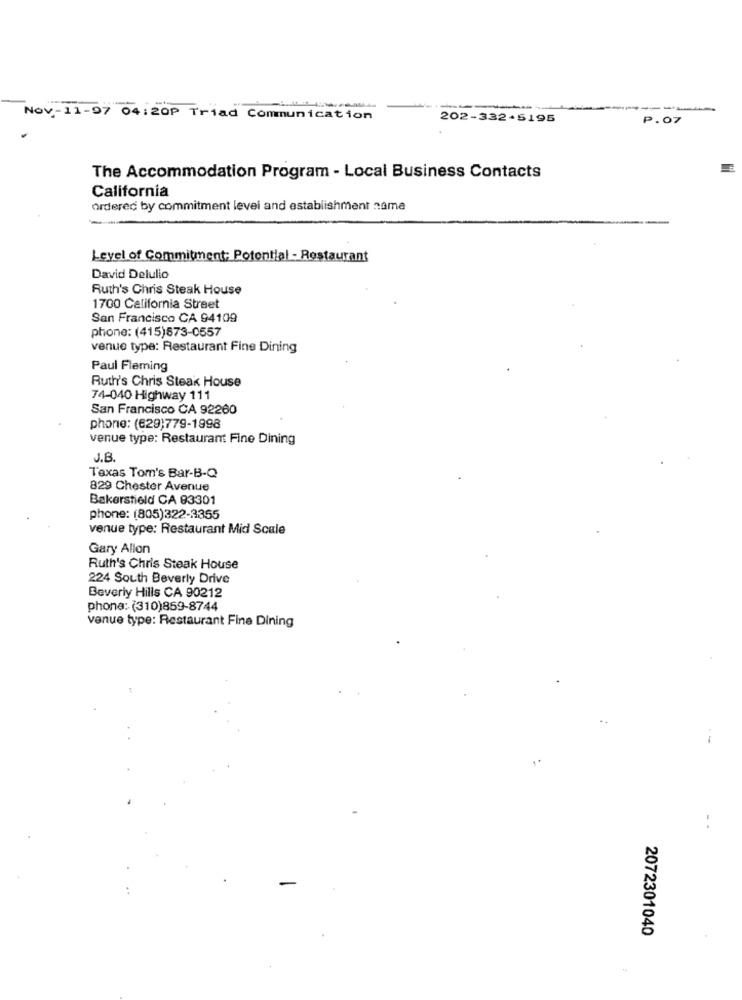
-
---
Nov-11-97 04:20P Triad Communication
202-332+5195
P.07
The Accommodation Program - Local Business Contacts
California
Ordered by commitment levei and establishment name
-
Level of Commitment; Potential - Restaurant
David Delulio
Ruth's Chris Steak House
1700 California Street
San Francisco CA 94109
phone: (415)573-0557
venue type: Restaurant Fine Dining
Paul Fleming
Ruth's Chris Steak House
74-040 Highway 111
San Francisco CA 92260
phone: (629)779-1998
venue type: Restaurant Fine Dining
J.B.
Texas Tom's Bar-B-Q
829 Chester Avenue
Bakersfield CA 93301
phone: (805)322-3355
venue type: Restaurant Mid Scale
Gary Allon
Ruth's Chris Steak House
224 South Beverly Drive
Beverly Hills CA 90212
phone: (310)859-8744
venue type: Restaurant Fine Dining
--
2072301040